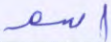
اسم